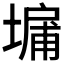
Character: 𪤔